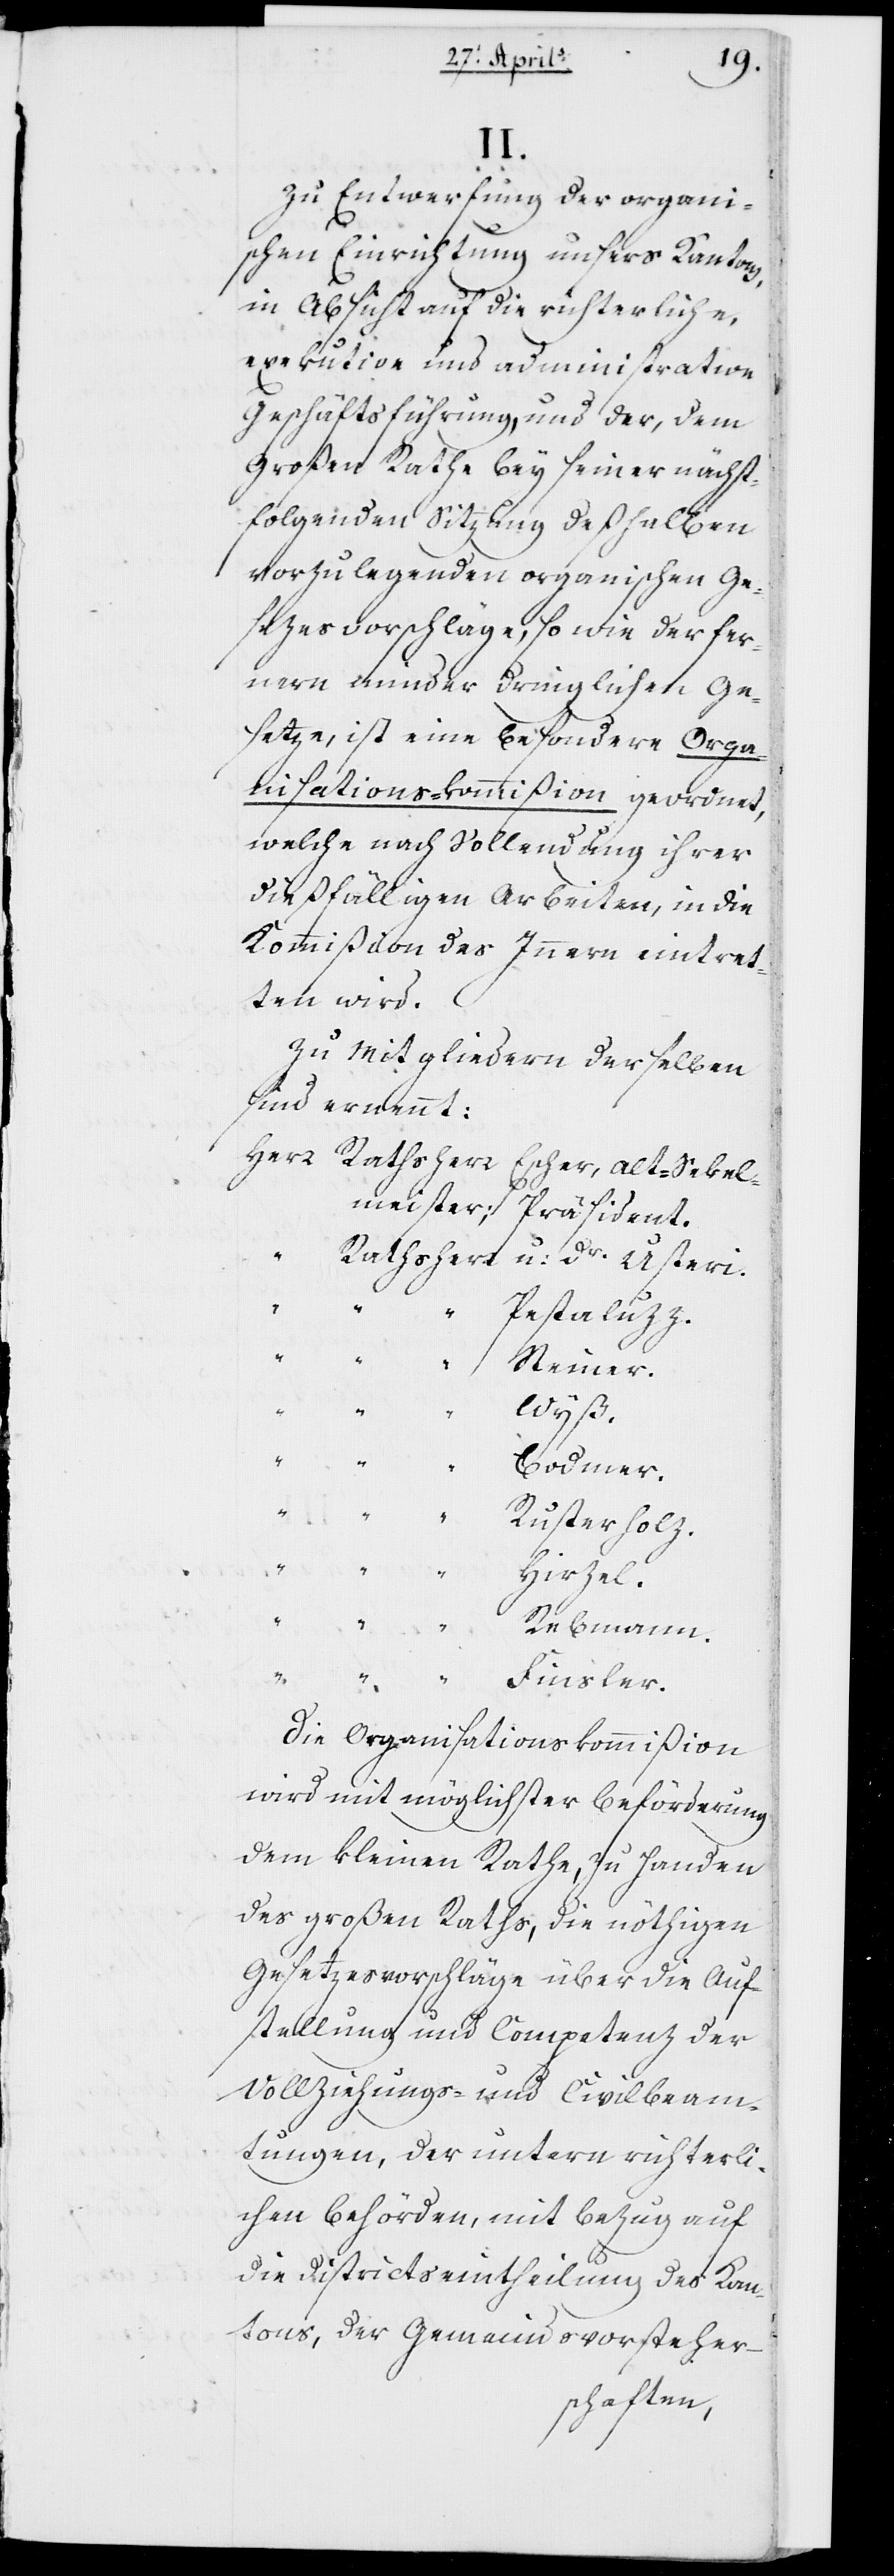
II.
Zu Entwerfung der organi¬
schen Einrichtung unseres Kantons
in Absicht auf die richterliche,
exekutive und administrative
Geschäftsführung, und der, dem
Großen Rathe bey seiner nächst¬
folgenden Sitzung deßhalben
vorzulegenden organischen Ge¬
setzesvorschläge, so wie der fer¬
nern andern dringlichen Ge¬
setze, ist eine besondere Orga¬
nisations-Kommißion geordnet,
welche nach Vollendung ihrer
dießfälligen Arbeiten in die
Kommißion des Innern eintret¬
ten wird.
Zu Mitgliedern derselben
sind ernannt:
Herr Rathsherr	Escher, Alt-Sekel¬
meister; Präsident.
„	Pestaluzz.
„	Steiner.
„	Wyß.
„	Rusterholz.
„	Rebmann.
Die Organisations-Kommißion
wird mit möglichster Beförderung
dem Kleinen Rathe, zu Handen
des Großen Raths, die nötigen
Gesetzesvorschläge über die Auf¬
stellung und Competenz der
Vollziehungs- und Civilbeam¬
tungen, der unteren richterli¬
chen Behörden, mit Bezug auf
die Districtseintheilung des Kan¬
tons, die Gemeindsvorsteher-